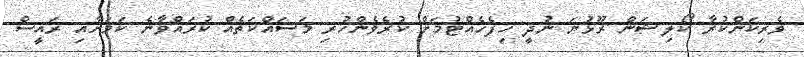
ވެރިކަންކުރާ ކޯލިޝަން ރޫޅުނަ ނުދީ ހިފެހެއްޓުމަށް ކުރެވެންހުރި މަސައްކަތެއް ކުރައްވާނެ ކަމަށާއި ރައީސް